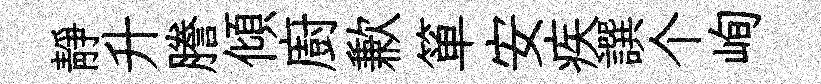
靜升謄傾廚歉箪安疾譔个峋